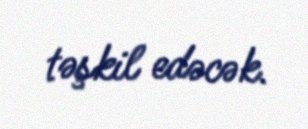
təşkil edəcək.